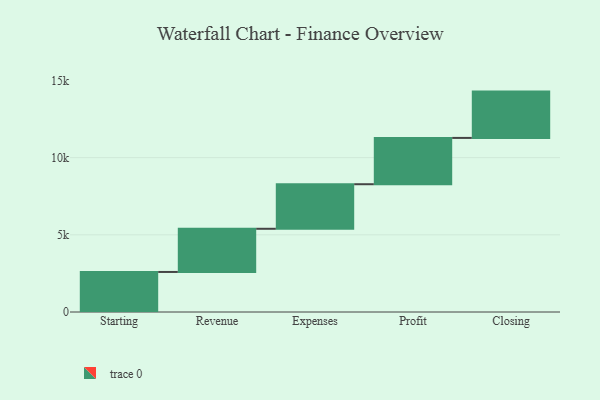
{"axis": {"x": "Step", "y": "Value"}, "legend": [""], "data": [{"x": "Starting", "y": 2594.0, "type": ""}, {"x": "Revenue", "y": 2797.0, "type": ""}, {"x": "Expenses", "y": 2887.0, "type": ""}, {"x": "Profit", "y": 3000, "type": ""}, {"x": "Closing", "y": 3000, "type": ""}]}